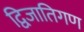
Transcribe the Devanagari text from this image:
द्विजातिगण